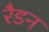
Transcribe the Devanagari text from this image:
रैडन